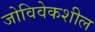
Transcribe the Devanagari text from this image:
जोविवेकशील